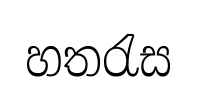
හතරැස